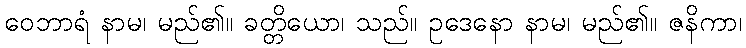
ဝေဘာရံ နာမ၊ မည်၏။ ခတ္တိယော၊ သည်။ ဥဒေနော နာမ၊ မည်၏။ ဇနိကာ၊